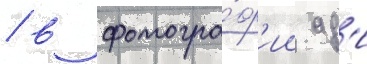
/ в фотогра́ф'ии ад'и